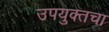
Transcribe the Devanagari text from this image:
उपयुक्तचा